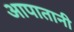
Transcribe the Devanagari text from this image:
आपातानी